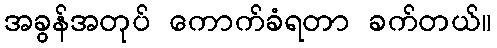
အခွန်အတုပ် ကောက်ခံရတာ ခက်တယ်။